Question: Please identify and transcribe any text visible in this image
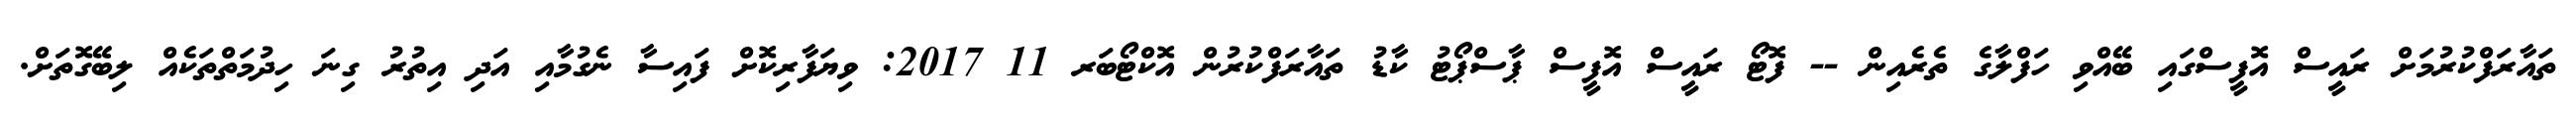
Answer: ތައާރަފްކުރުމަށް ރައީސް އޮފީސްގައި ބޭއްވި ހަފްލާގެ ތެރެއިން -- ފޮޓޯ ރައީސް އޮފީސް ޕާސްޕޯޓު ކާޑު ތައާރަފްކުރުން އޮކްޓޯބަރ 11 2017: ވިޔަފާރިކޮށް ފައިސާ ނެގުމާއި އަދި އިތުރު ގިނަ ހިދުމަތްތަކެއް ލިބޭގޮތަށް.